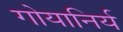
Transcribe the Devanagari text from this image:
गोयानिर्य